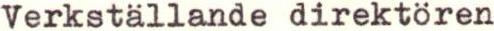
Verkställande direktören